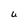
Character: U